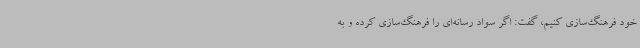
خود فرهنگ‌سازی کنیم، گفت: اگر سواد رسانه‌ای را فرهنگ‌سازی کرده و به